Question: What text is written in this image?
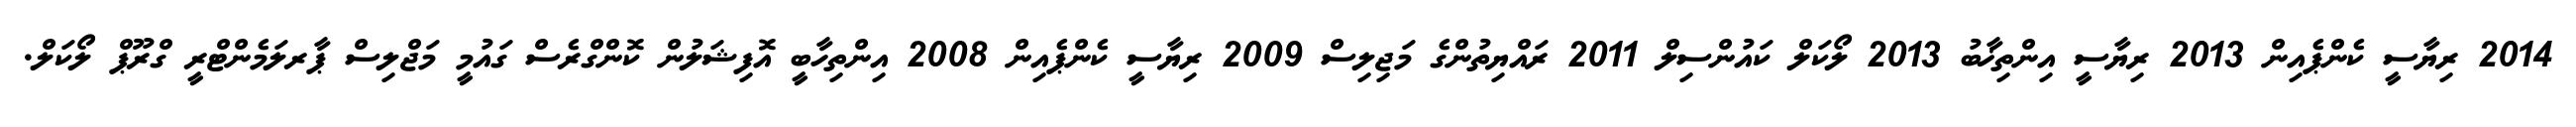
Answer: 2014 ރިޔާސީ ކެންޕެއިން 2013 ރިޔާސީ އިންތިޚާބު 2013 ލޯކަލް ކައުންސިލް 2011 ރައްޔިތުންގެ މަޖިލިސް 2009 ރިޔާސީ ކެންޕެއިން 2008 އިންތިހާބީ އޮފިޝަލުން ކޮންގްރެސް ގައުމީ މަޖްލިސް ޕާރލަމެންޓްރީ ގްރޫޕް ލޯކަލް.